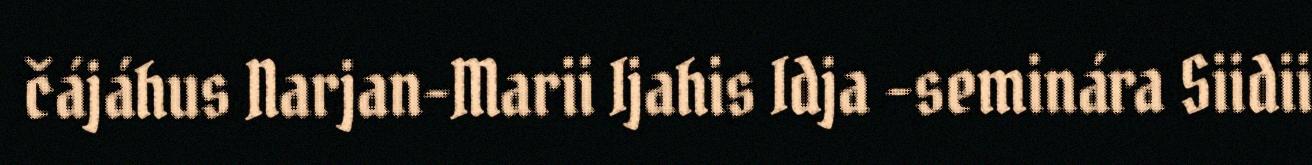
čájáhus Narjan-Marii Ijahis Idja -seminára Siidii